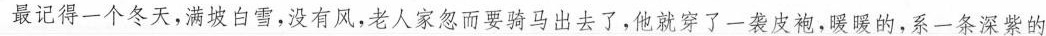
最记得一个冬天，满坡白雪，没有风，老人家忽尔要骑马出去了，他就穿了一袭皮袍，暖暖的，系一条深紫的